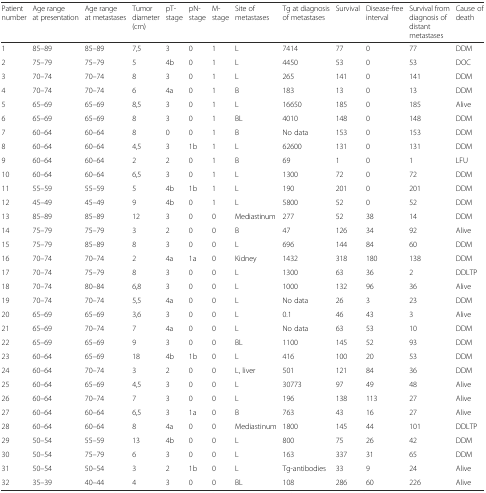
<table><thead><tr><td><b>Patient number</b></td><td><b>Age range at presentation</b></td><td><b>Age range at metastases</b></td><td><b>Tumor diameter (cm)</b></td><td><b>pT-stage</b></td><td><b>pN-stage</b></td><td><b>M-stage</b></td><td><b>Site of metastases</b></td><td><b>Tg at diagnosis of metastases</b></td><td><b>Survival</b></td><td><b>Disease-free interval</b></td><td><b>Survival from diagnosis of distant metastases</b></td><td><b>Cause of death</b></td></tr></thead><tbody><tr><td>1</td><td>85–89</td><td>85–89</td><td>7,5</td><td>3</td><td>0</td><td>1</td><td>L</td><td>7414</td><td>77</td><td>0</td><td>77</td><td>DDM</td></tr><tr><td>2</td><td>75–79</td><td>75–79</td><td>5</td><td>4b</td><td>0</td><td>1</td><td>L</td><td>4450</td><td>53</td><td>0</td><td>53</td><td>DOC</td></tr><tr><td>3</td><td>70–74</td><td>70–74</td><td>8</td><td>3</td><td>0</td><td>1</td><td>L</td><td>265</td><td>141</td><td>0</td><td>141</td><td>DDM</td></tr><tr><td>4</td><td>70–74</td><td>70–74</td><td>6</td><td>4a</td><td>0</td><td>1</td><td>B</td><td>183</td><td>13</td><td>0</td><td>13</td><td>DDM</td></tr><tr><td>5</td><td>65–69</td><td>65–69</td><td>8,5</td><td>3</td><td>0</td><td>1</td><td>L</td><td>16650</td><td>185</td><td>0</td><td>185</td><td>Alive</td></tr><tr><td>6</td><td>65–69</td><td>65–69</td><td>8</td><td>3</td><td>0</td><td>1</td><td>BL</td><td>4010</td><td>148</td><td>0</td><td>148</td><td>DDM</td></tr><tr><td>7</td><td>60–64</td><td>60–64</td><td>8</td><td>0</td><td>0</td><td>1</td><td>B</td><td>No data</td><td>153</td><td>0</td><td>153</td><td>DDM</td></tr><tr><td>8</td><td>60–64</td><td>60–64</td><td>4,5</td><td>3</td><td>1b</td><td>1</td><td>L</td><td>62600</td><td>131</td><td>0</td><td>131</td><td>DDM</td></tr><tr><td>9</td><td>60–64</td><td>60–64</td><td>2</td><td>2</td><td>0</td><td>1</td><td>B</td><td>69</td><td>1</td><td>0</td><td>1</td><td>LFU</td></tr><tr><td>10</td><td>60–64</td><td>60–64</td><td>6,5</td><td>3</td><td>0</td><td>1</td><td>L</td><td>1300</td><td>72</td><td>0</td><td>72</td><td>DDM</td></tr><tr><td>11</td><td>55–59</td><td>55–59</td><td>5</td><td>4b</td><td>1b</td><td>1</td><td>L</td><td>190</td><td>201</td><td>0</td><td>201</td><td>DDM</td></tr><tr><td>12</td><td>45–49</td><td>45–49</td><td>9</td><td>4b</td><td>0</td><td>1</td><td>L</td><td>5800</td><td>52</td><td>0</td><td>52</td><td>DDM</td></tr><tr><td>13</td><td>85–89</td><td>85–89</td><td>12</td><td>3</td><td>0</td><td>0</td><td>Mediastinum</td><td>277</td><td>52</td><td>38</td><td>14</td><td>DDM</td></tr><tr><td>14</td><td>75–79</td><td>75–79</td><td>3</td><td>2</td><td>0</td><td>0</td><td>B</td><td>47</td><td>126</td><td>34</td><td>92</td><td>Alive</td></tr><tr><td>15</td><td>75–79</td><td>85–89</td><td>8</td><td>3</td><td>0</td><td>0</td><td>L</td><td>696</td><td>144</td><td>84</td><td>60</td><td>DDM</td></tr><tr><td>16</td><td>70–74</td><td>70–74</td><td>2</td><td>4a</td><td>1a</td><td>0</td><td>Kidney</td><td>1432</td><td>318</td><td>180</td><td>138</td><td>DDM</td></tr><tr><td>17</td><td>70–74</td><td>75–79</td><td>8</td><td>3</td><td>0</td><td>0</td><td>L</td><td>1300</td><td>63</td><td>36</td><td>2</td><td>DDLTP</td></tr><tr><td>18</td><td>70–74</td><td>80–84</td><td>6,8</td><td>3</td><td>0</td><td>0</td><td>L</td><td>1000</td><td>132</td><td>96</td><td>36</td><td>Alive</td></tr><tr><td>19</td><td>70–74</td><td>70–74</td><td>5,5</td><td>4a</td><td>0</td><td>0</td><td>L</td><td>No data</td><td>26</td><td>3</td><td>23</td><td>DDM</td></tr><tr><td>20</td><td>65–69</td><td>65–69</td><td>3,6</td><td>3</td><td>0</td><td>0</td><td>L</td><td>0.1</td><td>46</td><td>43</td><td>3</td><td>Alive</td></tr><tr><td>21</td><td>65–69</td><td>70–74</td><td>7</td><td>4a</td><td>0</td><td>0</td><td>L</td><td>No data</td><td>63</td><td>53</td><td>10</td><td>DDM</td></tr><tr><td>22</td><td>65–69</td><td>65–69</td><td>9</td><td>3</td><td>0</td><td>0</td><td>BL</td><td>1100</td><td>145</td><td>52</td><td>93</td><td>DDM</td></tr><tr><td>23</td><td>60–64</td><td>65–69</td><td>18</td><td>4b</td><td>1b</td><td>0</td><td>L</td><td>416</td><td>100</td><td>20</td><td>53</td><td>DDM</td></tr><tr><td>24</td><td>60–64</td><td>70–74</td><td>3</td><td>2</td><td>0</td><td>0</td><td>L, liver</td><td>501</td><td>121</td><td>84</td><td>36</td><td>DDM</td></tr><tr><td>25</td><td>60–64</td><td>65–69</td><td>4,5</td><td>3</td><td>0</td><td>0</td><td>L</td><td>30773</td><td>97</td><td>49</td><td>48</td><td>Alive</td></tr><tr><td>26</td><td>60–64</td><td>70–74</td><td>7</td><td>3</td><td>0</td><td>0</td><td>L</td><td>196</td><td>138</td><td>113</td><td>27</td><td>Alive</td></tr><tr><td>27</td><td>60–64</td><td>60–64</td><td>6,5</td><td>3</td><td>1a</td><td>0</td><td>B</td><td>763</td><td>43</td><td>16</td><td>27</td><td>Alive</td></tr><tr><td>28</td><td>60–64</td><td>60–64</td><td>8</td><td>4a</td><td>0</td><td>0</td><td>Mediastinum</td><td>1800</td><td>145</td><td>44</td><td>101</td><td>DDLTP</td></tr><tr><td>29</td><td>50–54</td><td>55–59</td><td>13</td><td>4b</td><td>0</td><td>0</td><td>L</td><td>800</td><td>75</td><td>26</td><td>42</td><td>DDM</td></tr><tr><td>30</td><td>50–54</td><td>75–79</td><td>6</td><td>3</td><td>0</td><td>0</td><td>L</td><td>163</td><td>337</td><td>31</td><td>65</td><td>DDM</td></tr><tr><td>31</td><td>50–54</td><td>50–54</td><td>3</td><td>2</td><td>1b</td><td>0</td><td>L</td><td>Tg-antibodies</td><td>33</td><td>9</td><td>24</td><td>Alive</td></tr><tr><td>32</td><td>35–39</td><td>40–44</td><td>4</td><td>3</td><td>0</td><td>0</td><td>BL</td><td>108</td><td>286</td><td>60</td><td>226</td><td>Alive</td></tr></tbody></table>